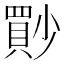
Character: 𡮳